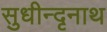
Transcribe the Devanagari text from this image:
सुधीन्दृनाथ